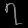
Digit: ၇